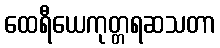
ထေရီယေကုတ္တရဆသတာ